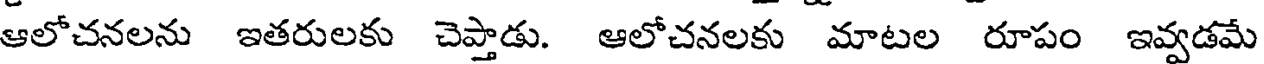
ఆలోచనలను ఇతరులకు చెప్తాడు. ఆలోచనలకు మాటల రూపం ఇవ్వడమే